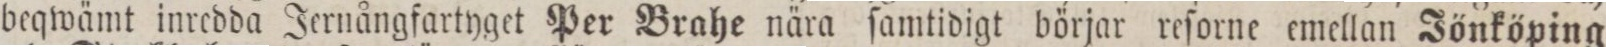
beqwämt inredda Jernångfartyget Per Brahe nära ſamtidigt börjar reſorne emellan Jönköping